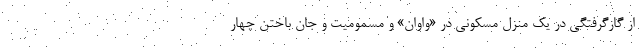
از گازگرفتگی در یک منزل مسکونی در «واوان» و مسمومیت و جان باختن چهار